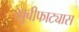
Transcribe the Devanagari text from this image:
खुबीफाट्यास